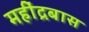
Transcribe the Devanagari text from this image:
महींद्रबास